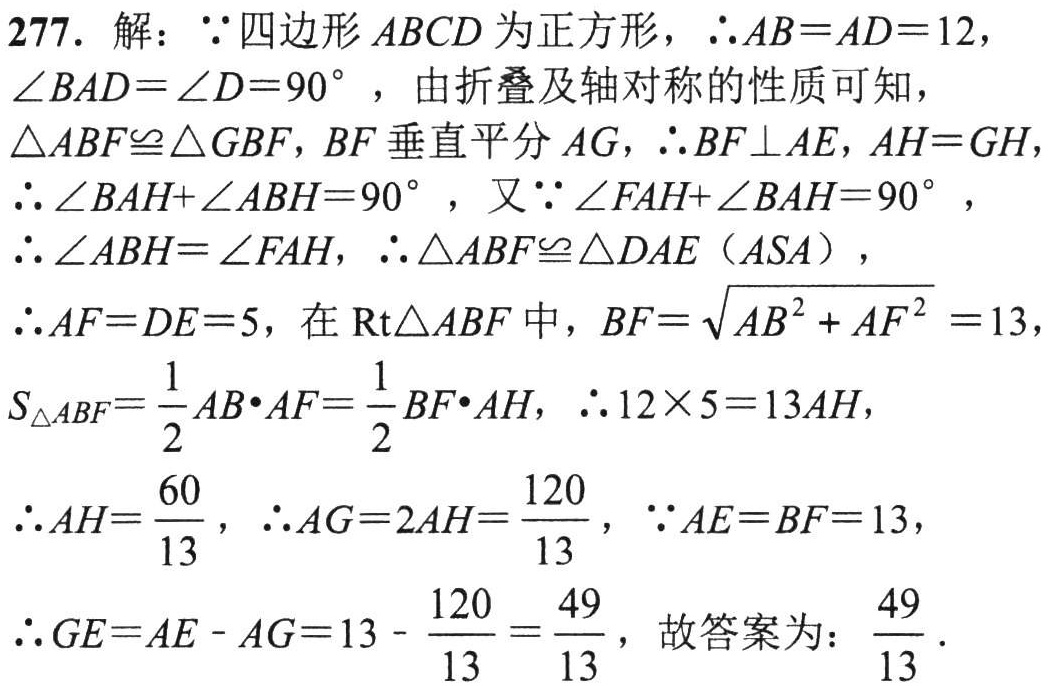
\(277.\ 解：\because 四边形\ ABCD\ 为正方形，\therefore AB = AD = 12，\)
\(\angle BAD=\angle D = 90^{\circ}，由折叠及轴对称的性质可知，\)
\(\triangle ABF\cong\triangle GBF，BF\ 垂直平分\ AG，\therefore BF\perp AE，AH = GH，\)
\(\therefore \angle BAH+\angle ABH = 90^{\circ}，又\because \angle FAH+\angle BAH = 90^{\circ}，\)
\(\therefore \angle ABH=\angle FAH，\therefore \triangle ABF\cong\triangle DAE（ASA），\)
\(\therefore AF = DE = 5，在\ Rt\triangle ABF\ 中，BF=\sqrt{AB^{2}+AF^{2}} = 13，\)
\(S_{\triangle ABF}=\frac{1}{2}AB\cdot AF=\frac{1}{2}BF\cdot AH，\therefore 12\times5 = 13AH，\)
\(\therefore AH=\frac{60}{13}，\therefore AG = 2AH=\frac{120}{13}，\because AE = BF = 13，\)
\(\therefore GE=AE - AG=13 - \frac{120}{13}=\frac{49}{13}，故答案为：\frac{49}{13}．\)